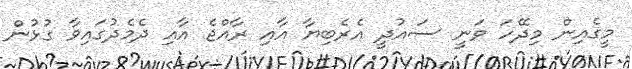
މީގެއިން މިދޭހަ ވަނީ ސައުދީ އެރެބިޔާ އާއި ރާއްޖެ އާއި ދެމެދުގައިވާ ގުޅުން